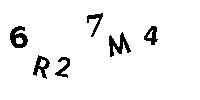
6R27M4